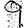
Digit: 9